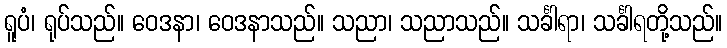
ရူပံ၊ ရုပ်သည်။ ဝေဒနာ၊ ဝေဒနာသည်။ သညာ၊ သညာသည်။ သင်္ခါရာ၊ သင်္ခါရတို့သည်။